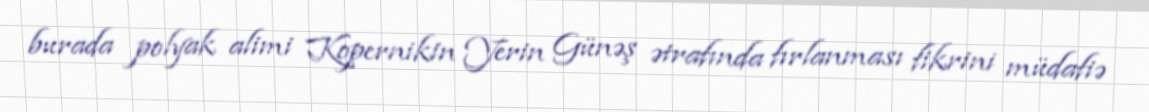
burada polyak alimi Kopernikin Yerin Günəş ətrafında fırlanması fikrini müdafiə